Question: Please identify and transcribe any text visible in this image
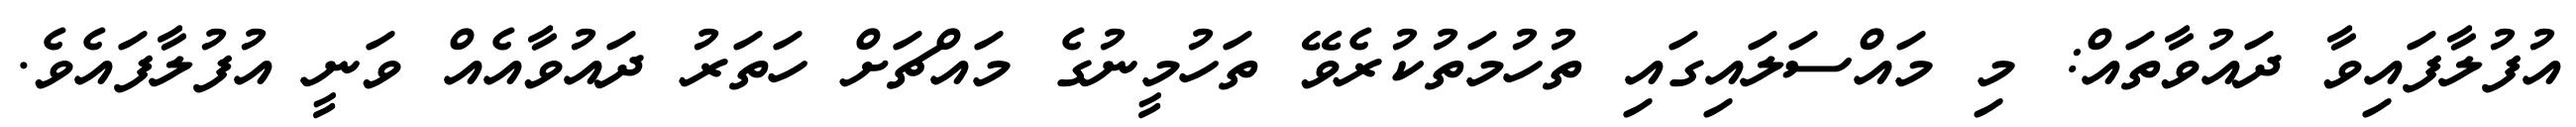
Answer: އުފުލާފައިވާ ދައުވާތައް: މި މައްސަލައިގައި ތުހުމަތުކުރެވޭ ތަހުމީނުގެ މައްޗަށް ހަތަރު ދައުވާއެއް ވަނީ އުފުލާފައެވެ.